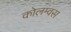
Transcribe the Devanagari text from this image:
कोलम्वस